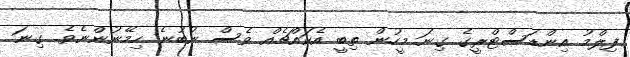
ފިލްމު އިންޑަސްޓްރީގެ ގިނަ މީހުން ތިބީ އެކައްޗެއް ވެސް ނުބުނެ ހިމޭނުންނެވެ. ގިނަ